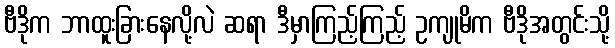
ဗီဒိုက ဘာထူးခြားနေလို့လဲ ဆရာ ဒီမှာကြည့်ကြည့် ဥကျုမိက ဗီဒိုအတွင်းသို့